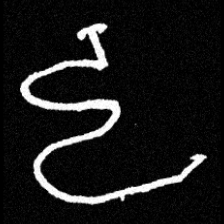
Pyu character \u2014 Myanmar letter: ဠ (romanized: lla)